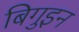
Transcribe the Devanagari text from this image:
बिगुइन